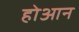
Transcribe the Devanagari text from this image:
होआन